Leaving Certificate, 1897
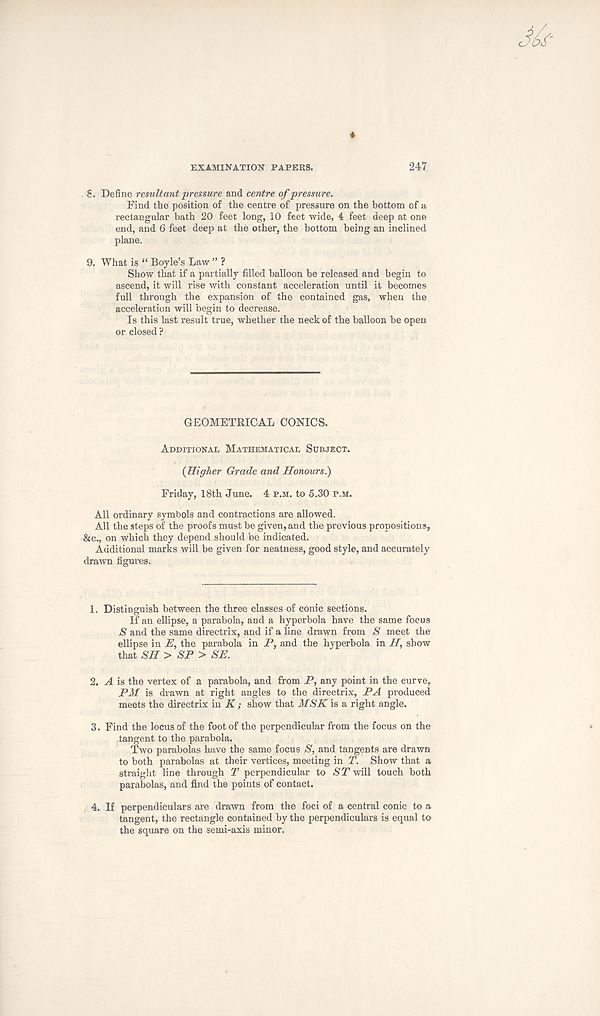
EXAMINATION PAPERS.
247
S. Define resultant pressure and centre of pressure.
Find the position of the centre of pressure on the bottom of a
rectangular bath 20 feet long, 10 feet wide, 4 feet deep at one
end, and 6 feet deep at the other, the bottom being an inclined
plane.
9. What is “ Boyle’s Law ” ?
Show that if a partially filled balloon be released and begin to
ascend, it will rise with constant acceleration until it becomes
full through the expansion of the contained gas, when the
acceleration will begin to decrease.
Is this last result true, whether the neck of the balloon be open
or closed ?
GEOMETRICAL CONICS.
Additional Mathematical Subject.
{Higher Grade and Honours.)
Friday, 18th June. 4 p.m. to 5.30 p.m.
All ordinary symbols and contractions are allowed.
All the steps of the proofs must be given, and the previous propositions,
&c., on which they depend should be indicated.
Additional marks will be given for neatness, good style, and accurately
drawn figures.
1. Distinguish between the three classes of conic sections.
If an ellipse, a parabola, and a hyperbola have the same focus
S and the same directrix, and if a line drawn from S meet the
ellipse in E, the parabola in P, and the hyperbola in H, show
that SH> SP> SE.
2. A is the vertex of a parabola, and from P, any point in the curve,
PM is drawn at right angles to the directrix, PA produced
meets the directrix in K ; show that MSK is a right angle.
3. Find the locus of the foot of the perpendicular from the focus on the
tangent to the parabola.
Two parabolas have the same focus S, and tangents are drawn
to both parabolas at their vertices, meeting in T. Show that a
straight line through T perpendicular to ST will touch both
parabolas, and find the points of contact.
4. If perpendiculars are drawn from the foci of a central conic to a
tangent, the rectangle contained by the perpendiculars is equal to
the square on the semi-axis minor.